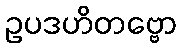
ဥပဒဟိတဗ္ဗော